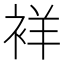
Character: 𬡘